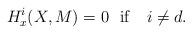
LaTeX: \begin{align*}H_{x}^i(X, M)=0 \ \ \mathrm{if} \ \ \ i\neq d.\end{align*}